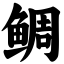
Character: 鲷